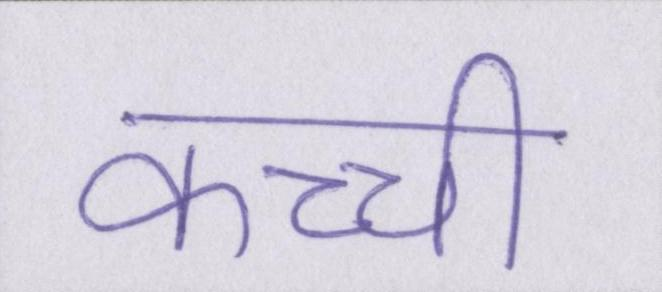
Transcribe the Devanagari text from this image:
कच्ची